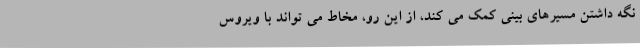
نگه داشتن مسیرهای بینی کمک می کند، از این رو، مخاط می تواند با ویروس